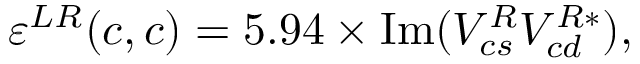
\varepsilon ^ { L R } ( c , c ) = 5 . 9 4 \times \mathrm { I m } ( V _ { c s } ^ { R } V _ { c d } ^ { R * } ) , \,